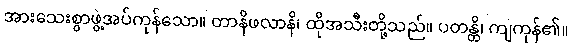
အားသေးစွာဖွဲ့အပ်ကုန်သော။ တာနိဖလာနိ၊ ထိုအသီးတို့သည်။ ပတန္တိ၊ ကျကုန်၏။